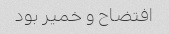
افتضاح و خمیر بود